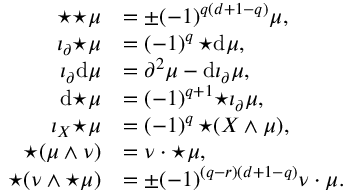
\begin{array} { r l } { { \star { \star \mu } } } & { = \pm ( - 1 ) ^ { q ( d + 1 - q ) } \mu , } \\ { \iota _ { \partial } { \star \mu } } & { = ( - 1 ) ^ { q } \, { \star \mathrm { d } \mu } , } \\ { \iota _ { \partial } \mathrm { d } \mu } & { = \partial ^ { 2 } \mu - \mathrm { d } \iota _ { \partial } \mu , } \\ { \mathrm { d } { \star \mu } } & { = ( - 1 ) ^ { q + 1 } { \star { \iota _ { \partial } \mu } } , } \\ { \iota _ { X } { \star \mu } } & { = ( - 1 ) ^ { q } \, { \star ( X \wedge \mu ) } , } \\ { { \star ( \mu \wedge \nu ) } } & { = \nu \cdot { \star \mu } , } \\ { { \star ( \nu \wedge \star \mu ) } } & { = \pm ( - 1 ) ^ { ( q - r ) ( d + 1 - q ) } \nu \cdot \mu . } \end{array}